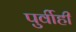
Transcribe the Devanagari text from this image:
पुर्वीही